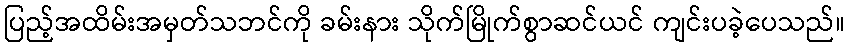
ပြည့်အထိမ်းအမှတ်သဘင်ကို ခမ်းနား သိုက်မြိုက်စွာဆင်ယင် ကျင်းပခဲ့ပေသည်။